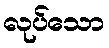
လုပ်သော